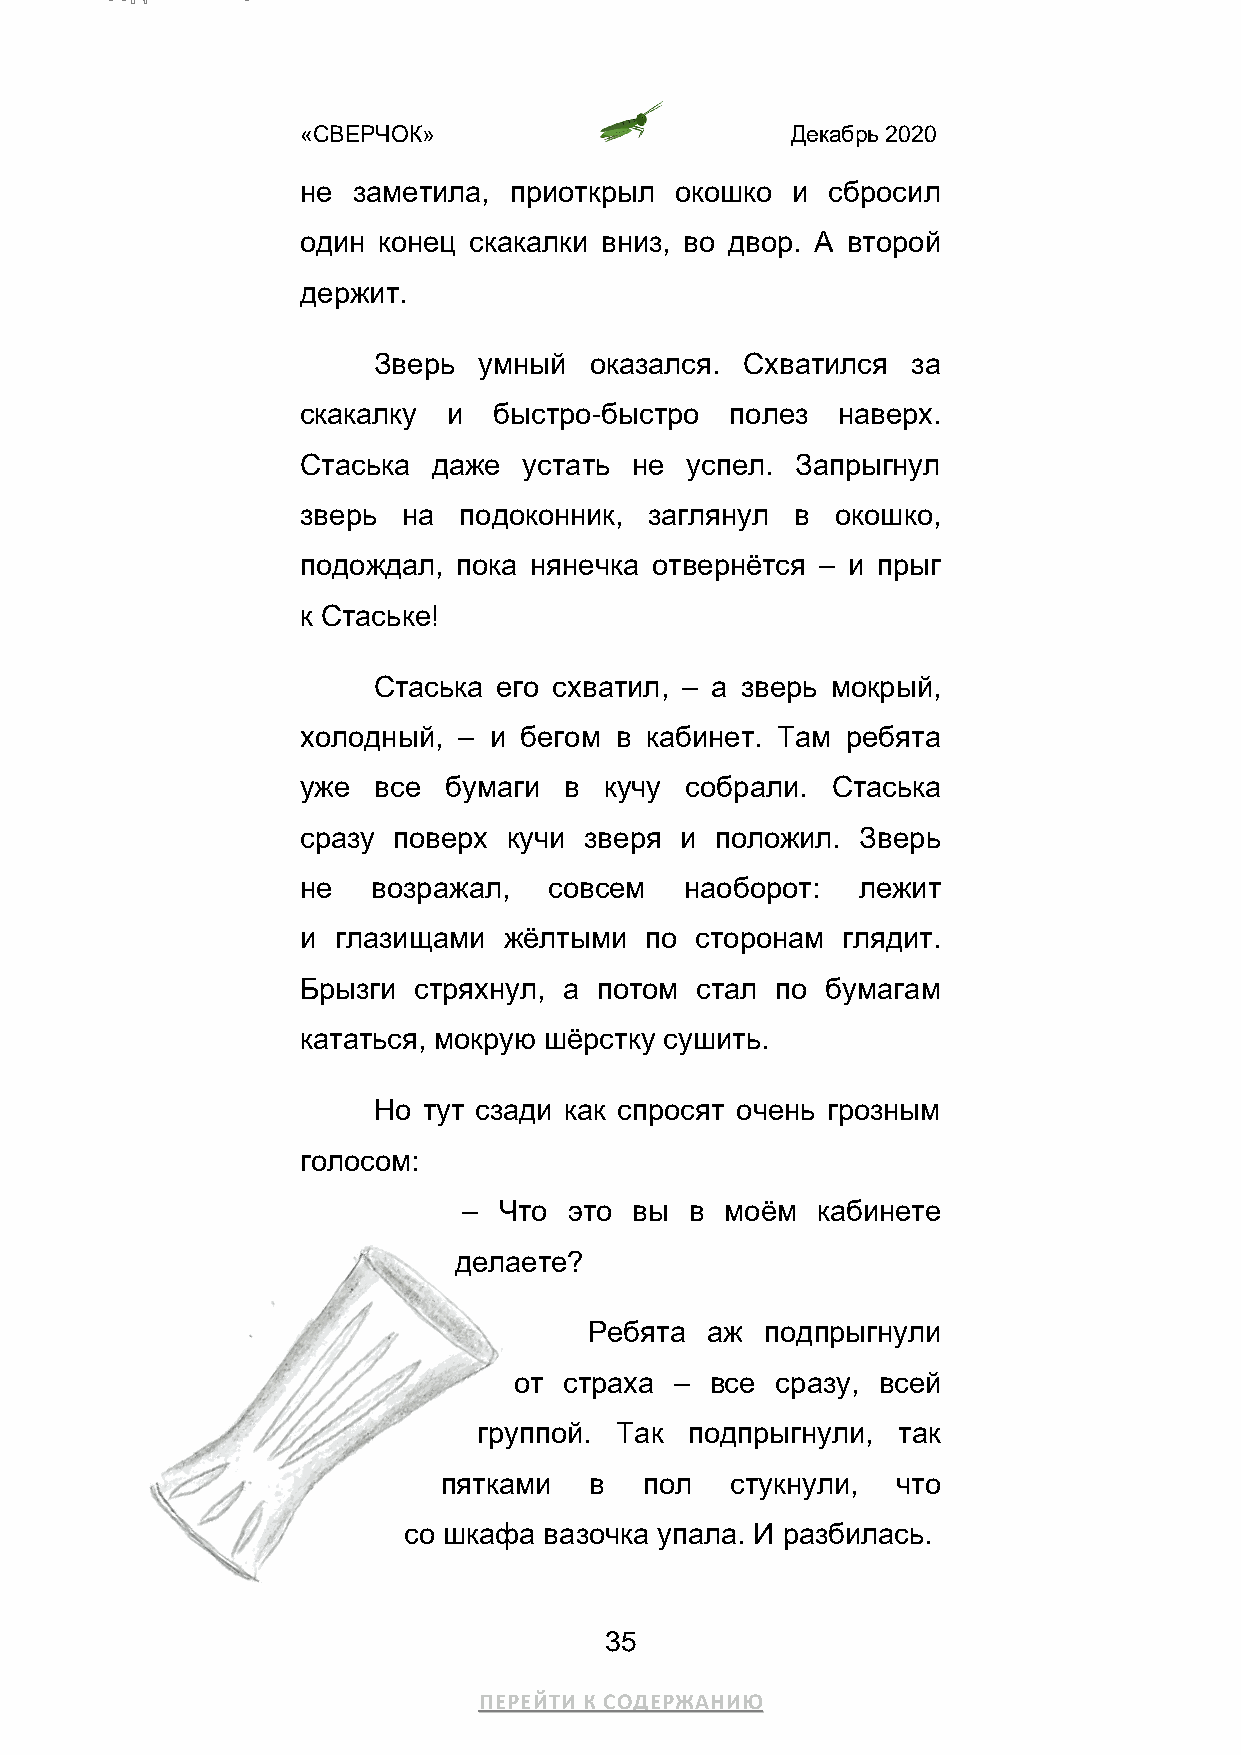
«СВЕРЧОК»                       Декабрь 2020
 не заметила,  приоткрыл  окошко и  сбросил
 один конец скакалки вниз, во двор. А второй
 держит.
 Зверь  умный  оказался. Схватился  за
 скакалку  и  быстро-быстро  полез  наверх.
 Стаська  даже  устать не успел.  Запрыгнул
 зверь  на подоконник,  заглянул  в окошко,
 подождал, пока нянечка отвернётся – и прыг
 к Стаське!
 Стаська его схватил, – а зверь мокрый,
 холодный, – и бегом  в кабинет. Там ребята
 уже  все бумаги  в  кучу собрали.  Стаська
 сразу поверх  кучи зверя и положил.  Зверь
 не   возражал,  совсем   наоборот:   лежит
 и глазищами  жёлтыми   по сторонам  глядит.
 Брызги стряхнул, а  потом стал по  бумагам
 кататься, мокрую шёрстку сушить.
 Но тут сзади как спросят очень грозным
 голосом:
 – Что  это вы  в моём  кабинете
 делаете?
 Ребята  аж  подпрыгнули
 от страха  – все сразу, всей
 группой. Так  подпрыгнули, так
 пятками   в   пол  стукнули,  что
 со шкафа вазочка упала. И разбилась.
 35
 ПЕРЕЙТИ К СОДЕРЖАНИЮ